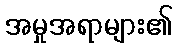
အမှုအရာများ၏